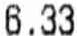
6.33